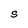
Character: S